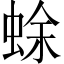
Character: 蜍